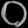
Digit: ၀